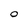
Character: O